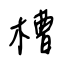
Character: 槽